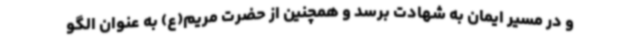
و در مسیر ایمان به شهادت برسد و همچنین از حضرت مریم(ع) به عنوان الگو